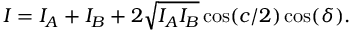
I = I _ { A } + I _ { B } + 2 \sqrt { I _ { A } I _ { B } } \cos ( c / 2 ) \cos ( \delta ) .